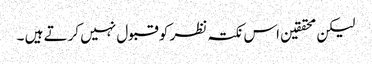
لیکن محققین اس نکتہ نظر کو قبول نہیں کرتے ہیں ۔